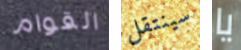
القوام سينتقل يا